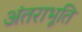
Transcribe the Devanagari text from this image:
अंतराभूति